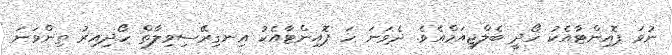
ނުވަ ޕޮއިންޓާއެކު ހޯދީ ބެލްޖިއަމްއެވެ. ދެވަނަ ހަ ޕޮއިންޓާއެކު އިނގިރޭސިވިލާތް ހޯދިއިރު ތިންވަނަ